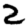
Digit: 2